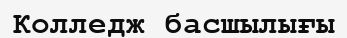
Колледж басшылығы